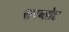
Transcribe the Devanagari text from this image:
सरब्लोह